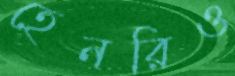
হেনরিও